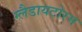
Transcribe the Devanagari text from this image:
ग्लैडायटोरम